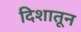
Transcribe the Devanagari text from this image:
दिशातून